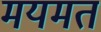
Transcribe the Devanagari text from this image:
मयमत